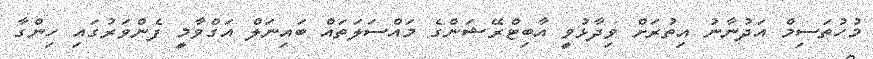
މުހުތަސިމް އަދުނާނު އިތުރަށް ވިދާޅުވީ އާބިޓްރޭޝަންގެ މައްސަލަތައް ބައިނަލް އަގްވާމީ ފެންވަރުގައި ހިންގާ